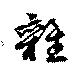
雜